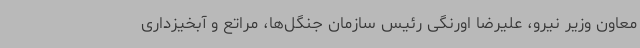
معاون وزیر نیرو، علیرضا اورنگی رئیس سازمان جنگل‌ها، مراتع و آبخیزداری